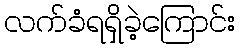
လက်ခံရရှိခဲ့ကြောင်း